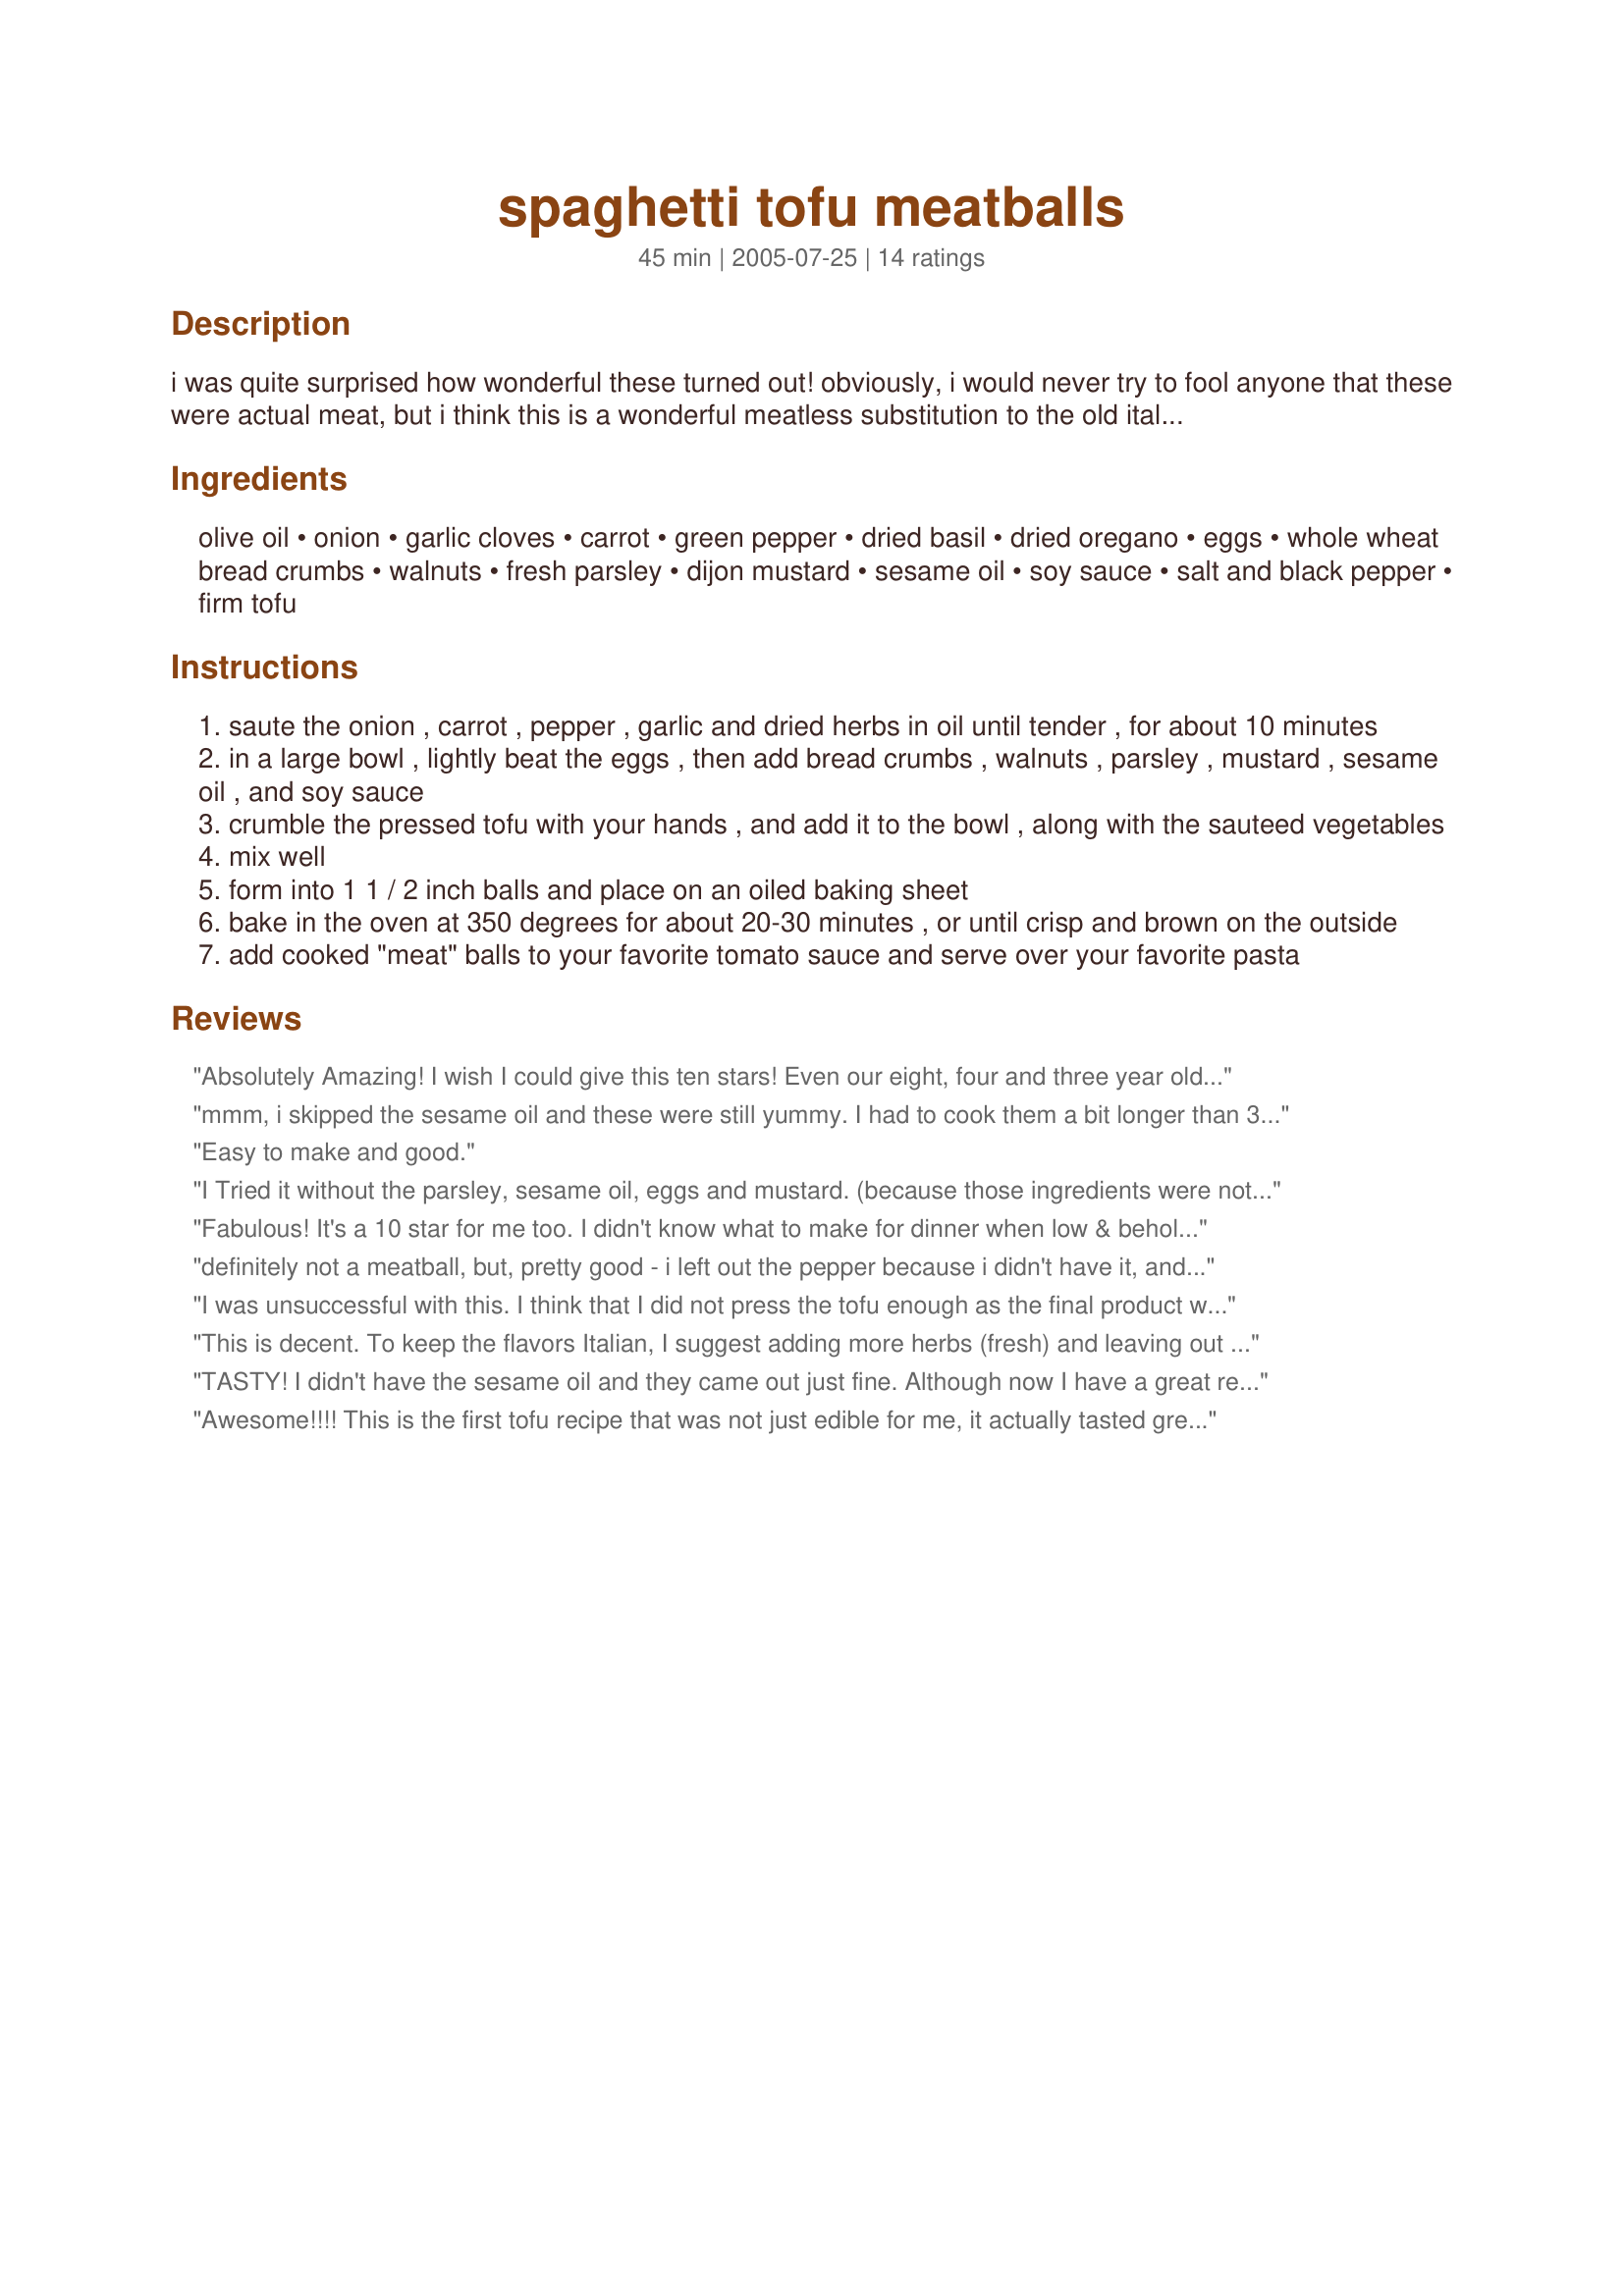
spaghetti tofu meatballs
Preparation time: 45 minutes

i was quite surprised how wonderful these turned out! obviously, i would never try to fool anyone that these were actual meat, but i think this is a wonderful meatless substitution to the old italian favorite. these "meat" balls are great served over spaghetti in your favorite tomato sauce. and taste even better leftover the next day.

Ingredients:
olive oil, onion, garlic cloves, carrot, green pepper, dried basil, dried oregano, eggs, whole wheat bread crumbs, walnuts, fresh parsley, dijon mustard, sesame oil, soy sauce, salt and black pepper, firm tofu

Steps:
saute the onion , carrot , pepper , garlic and dried herbs in oil until tender , for about 10 minutes
in a large bowl , lightly beat the eggs , then add bread crumbs , walnuts , parsley , mustard , sesame oil , and soy sauce
crumble the pressed tofu with your hands , and add it to the bowl , along with the sauteed vegetables
mix well
form into 1 1 / 2 inch balls and place on an oiled baking sheet
bake in the oven at 350 degrees for about 20-30 minutes , or until crisp and brown on the outside
add cooked "meat" balls to your favorite tomato sauce and serve over your favorite pasta

Reviews:
Absolutely Amazing! I wish I could give this ten stars! Even our eight, four and three year old kids gobbled these meatballs up, no fight at all! My husband thought he did not like tofu until I started preparing it in different ways recently and he took one bite and said , "Wow, these are good"!!! I drained, pressed and then squeezed extra firm tofu and had no issues with the mixture. I think they formed better than traditional meatballs. YUM! Thank you for such a great recipe!!!
mmm, i skipped the sesame oil and these were still yummy. I had to cook them a bit longer than 30 minutes to obtain the kind of crispiness and dryness I like (I don't think mushy moist tofu would be good in a meatball). Next time I'm going to freeze the tofu first. Oh yes, there will be a next time - thanks!
Easy to make and good.
I Tried it without the parsley, sesame oil, eggs and mustard. (because those ingredients were not on hand.) I fried it with olive oil and it tastes very much like the PF Chang vegetarian tofu dish that comes with lettuce as an appetizer. I used Aminos instead of soy sauce and added a little extra for flavor.
Fabulous! It's a 10 star for me too. I didn't know what to make for dinner when low & behold, chanced on this, and had everything to make it. I think in making these it's a fine line between over-processing the tofu (which will make them mushy), and not crumbling the tofu enough. I like that the veg are sauteed first, gives it such great flavour. I subbed one "flax egg" for the egg, they were a little delicate probably due to that, but certainly held together well enough. Wouldn't change a thing with the flavour, they're very delicious. I only cooked half the batch so far (1 dozen fit perfectly in the toaster oven). I didn't realize until later that it calls for 3lbs of tofu - I just used one pack (maybe 1 pound) and that worked great for me. Served these with some millet and a curried veg sauce over top. Thanks Kozmic, I can't wait to bake the second half tomorrow!
definitely not a meatball, but, pretty good - i left out the pepper because i didn't have it, and i used the suggestion of olive oil and salt to replace the sesame oil and soy sauce
I was unsuccessful with this. I think that I did not press the tofu enough as the final product was too wet to form into anything. I ended up adding cornbread mix and they turned into drop biscuits. Quite tasty, too. I also blended everything except the bread in my vitamix, which might have caused the sogginess to be more of a problem.
This is decent. To keep the flavors Italian, I suggest adding more herbs (fresh) and leaving out the soy and sesame oil, instead using salt (1/2 tsp. and olive oil). The mix wasn't holding together at first. I added another egg and then more bread crumbs.
TASTY! I didn't have the sesame oil and they came out just fine. Although now I have a great reason to grab some at my next grocery visit. Thanks for sharing the delishous recipe.
Awesome!!!! This is the first tofu recipe that was not just edible for me, it actually tasted great! I used Easy, Speedy Spaghetti Sauce Recipe #56260 and after the "meatballs" were done I let it simmer for 30 minutes. The only thing I changed was to reduce the sesame oil by 1/3 to reduce the fat. Thanks for a great recipe Kozmic Blues!!!
These were great. I used honey mustard and reduced the basil to 1 tsp. The sesame oil adds a wonderful dimension to these in my opinion and would not leave it out. We had these with spaghetti sauce. The next day the kids (who did not like them initially) loved them with a mushroom sauce. We even made these into wraps with tzatziki , chopped tomatoes, feta and lettuce. They are very versatile meatballs. Thanks for the recipe.
My family loved these! I cook with tofu a lot and the spices are spot on. I made 1/2' balls to cut the cooking time and because we love our balls crusty. We had no parsley on hand but they would be better with parsley.
Very Good! The texture is much better the next day...Next time I will make this a day ahead and try to process the tofu with the other ingredients to get a more uniform texture. Thanks for posting such an interesting and tasty recipe.
I made this for the "Best of" tag game and I liked them. I think this is one of those recipes you have to customize and experiment with. I probably made mine too large, so next time I'll downsize them. I also would like a bit more flavor so I'll increase the spices. Thanks for posting such an interesting recipe.
